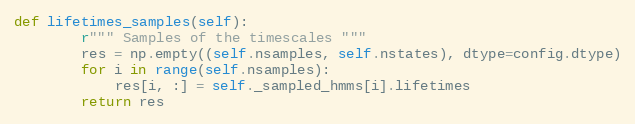
Language: Python
def lifetimes_samples(self):
        r""" Samples of the timescales """
        res = np.empty((self.nsamples, self.nstates), dtype=config.dtype)
        for i in range(self.nsamples):
            res[i, :] = self._sampled_hmms[i].lifetimes
        return res